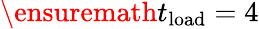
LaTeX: \ensuremath{t_{\mathrm{load}}}=4